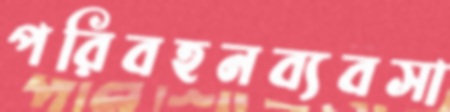
পরিবহনব্যবসা